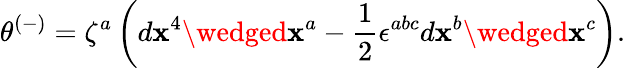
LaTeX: \theta^{(-)}=\zeta^{a}\left(d\mathbf{x}^{4}\wedged\mathbf{x}^{a}-\frac{{1}}{{2}}\epsilon^{abc}d\mathbf{x}^{b}\wedged\mathbf{x}^{c}\right).